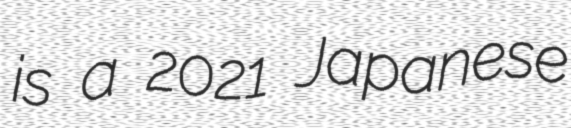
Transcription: is a 2021 Japanese